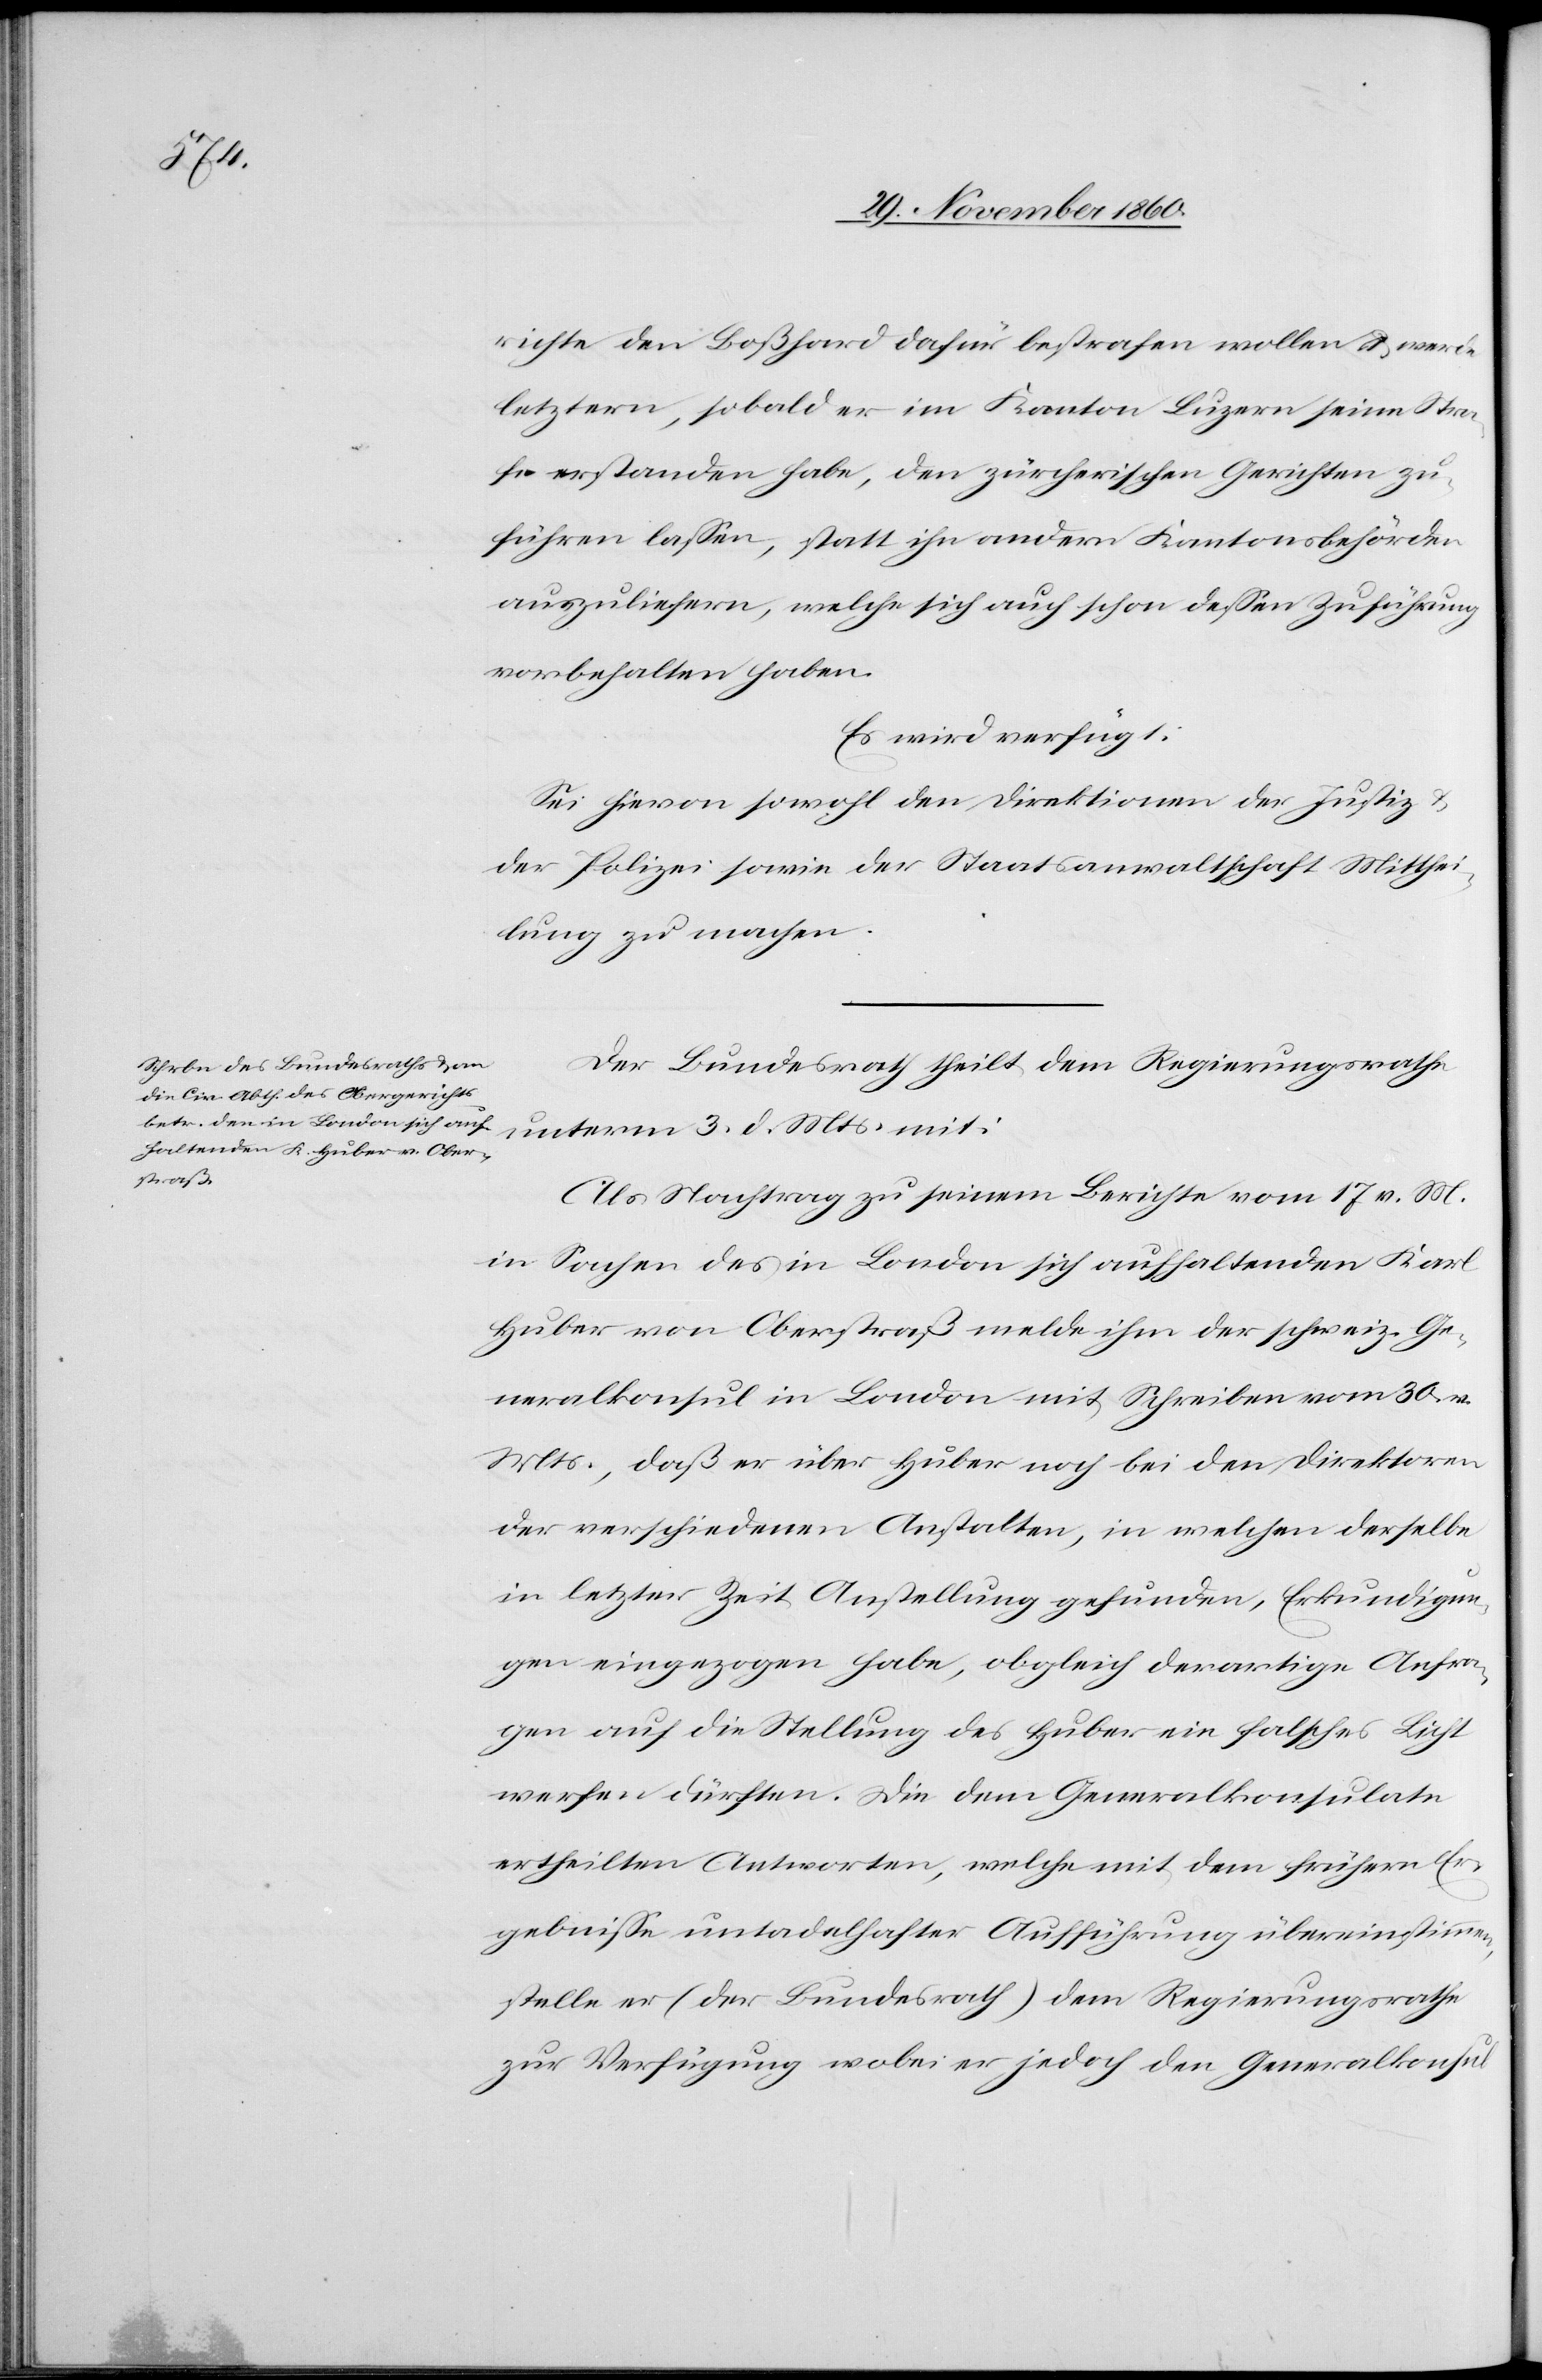
5. December 1860.]
richte den Boßhard dafür bestrafen wollen u. würde
letztern, sobald er im Kanton Luzern seine Stra¬
fe erstanden habe, den zürcherischen Gerichten zu¬
führen lassen, statt ihn andern Kantonsbehörden
auszuliefern, welche sich auch schon dessen Zuführung
vorbehalten haben.
Es wird verfügt:
Sei hievon sowohl den Direktionen der Justiz u.
der Polizei sowie der Staatsanwaltschaft Mitthei¬
lung zu machen.
Der Bundesrath theilt dem Regierungsrathe
unterm 3. d. Mts. mit:
Als Nachtrag zu seinem Berichte vom 17. v. M.
in Sachen des in London sich aufhaltenden Karl
Huber von Oberstraß melde ihm der schweiz. Ge¬
neralkonsul in London mit Schreiben vom 30. v.
Mts., daß er über Huber noch bei den Direktoren
der verschiedenen Anstalten, in welchen derselbe
in letzter Zeit Anstellung gefunden, Erkundigun¬
gen eingezogen habe, obgleich derartige Anfra¬
gen auf die Stellung des Hubers ein falsches Licht
werfen dürften. Die dem Generalkonsulate
ertheilten Antworten, welche mit dem frühern Er¬
gebnisse untadelhafter Aufführung übereinstimmen,
stelle er (der Bundesrath) dem Regierungsrathe
zur Verfügung wobei er jedoch den Generalkonsul